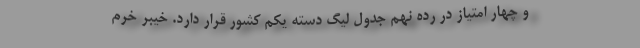
و چهار امتیاز در رده نهم جدول لیگ دسته یکم کشور قرار دارد. خیبر خرم